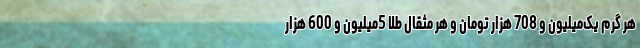
هر گرم یک‌میلیون و 708 هزار تومان و هر مثقال طلا 5میلیون و 600 هزار